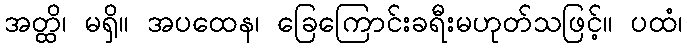
အတ္ထိ၊ မရှိ။ အပထေန၊ ခြေကြောင်းခရီးမဟုတ်သဖြင့်။ ပထံ၊